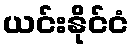
ယင်းနိုင်ငံ